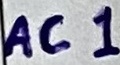
Text: AC1